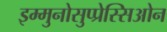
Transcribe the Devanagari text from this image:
इम्मुनोसुप्प्रेस्सिओन